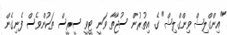
"އިންގްލިޝް ވިންގްލިޝް" ގެ އިތުރުން ސުޖާތާ ވަނީ ޓީވީ ސީރީސް ތަކުންވެސް ފެނިގެން